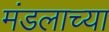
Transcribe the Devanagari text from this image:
मंडलाच्या